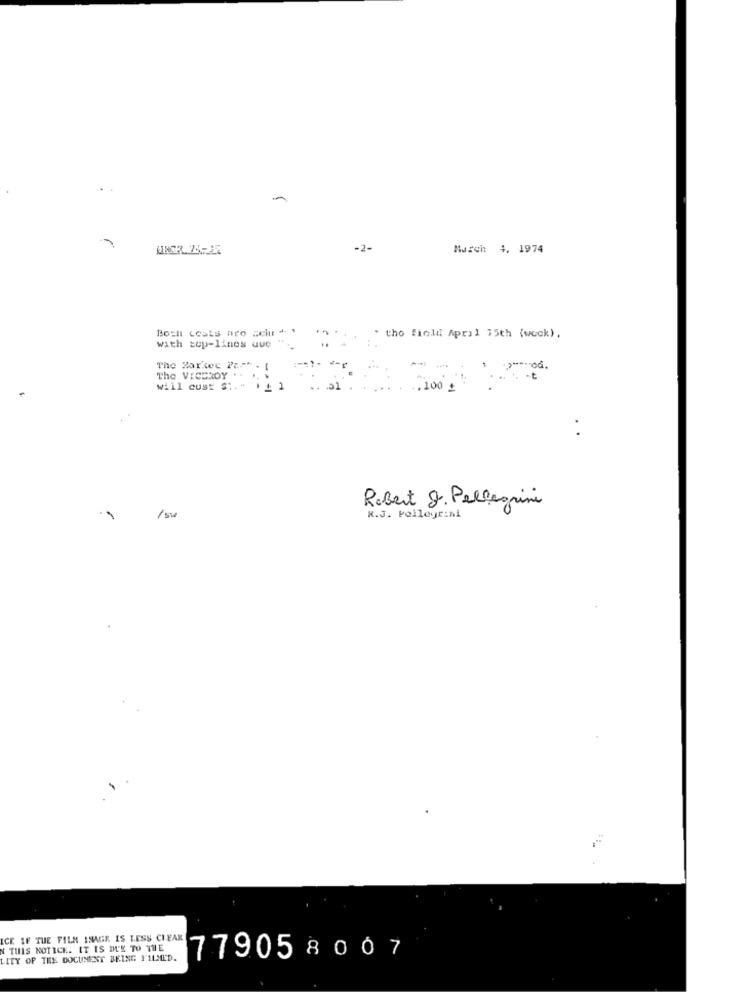
-2-
March 4, 1974
Boch Lests aro sciu + '
with top-lines que
" the field April 15th (wock).
The Market Part . I
The VICEROY ..
will cus: s:
+ 1
100
Robert 8. Pellegrini
/ sw
R.J. Pellegrini
ICE IF THE FILM IMAGE IS LESS CLEAR
THIS NOTICE. IT IS DL'E TO THE
LITY OF THE DOCUMENT BEING FILMED.
779058007